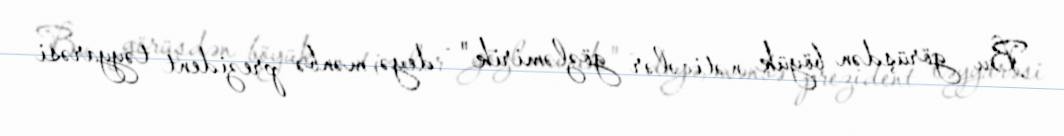
Bu görüşdən böyük nəticələr gözləmirik" - deyə, mənbə prezident təyyarəsi